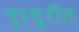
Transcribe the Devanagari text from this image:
चुरचु्रीत